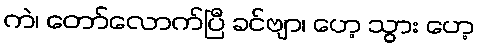
ကဲ၊ တော်လောက်ပြီ ခင်ဗျာ၊ ဟေ့ သွား ဟေ့